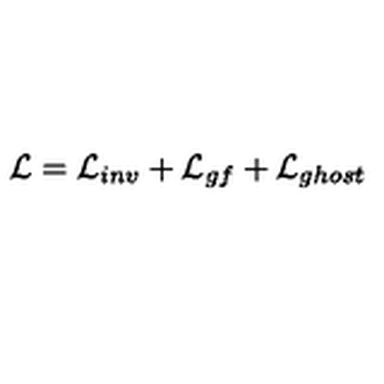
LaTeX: { \cal L } = { \cal L } _ { i n v } + { \cal L } _ { g f } + { \cal L } _ { g h o s t }